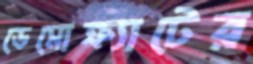
ডেমোক্র্যাটের